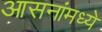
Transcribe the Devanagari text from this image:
आसनांमध्ये